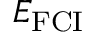
E _ { \mathrm { { F C I } } }